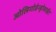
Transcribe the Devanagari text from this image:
ओलिगोडेन्ड्रोसाईट